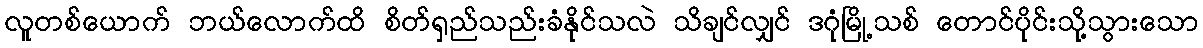
လူတစ်ယောက် ဘယ်လောက်ထိ စိတ်ရှည်သည်းခံနိုင်သလဲ သိချင်လျှင် ဒဂုံမြို့သစ် တောင်ပိုင်းသို့သွားသော